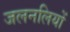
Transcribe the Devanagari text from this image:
जलनलियों